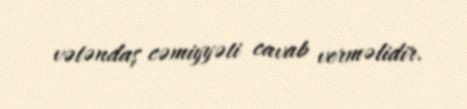
vətəndaş cəmiyyəti cavab verməlidir.